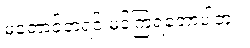
မတောင့်တရင် မင့်ကြရတော့ပါဘူး။